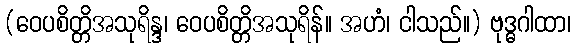
(ဝေပစိတ္တိအသုရိန္ဒ၊ ဝေပစိတ္တိအသုရိန်။ အဟံ၊ ငါသည်။) ဗုဒ္ဓဂါထာ၊